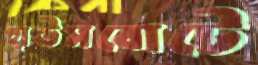
হাউসবোটে